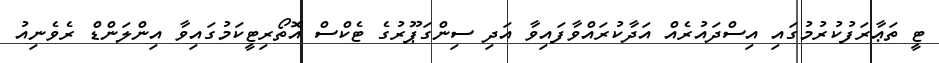
ޓީ ތަޢާރަފުކުރުމުގައި އިސްދައުރެއް އަދާކުރައްވާފައިވާ އަދި ސިންގަޕޫރުގެ ޓެކްސް އޮތޯރިޓީކަމުގައިވާ އިންލަންޑް ރެވެނިއު